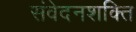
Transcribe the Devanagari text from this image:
संवेदनशक्ति